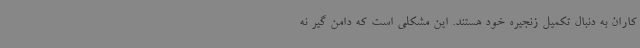
کاران به دنبال تکمیل زنجیره خود هستند. این مشکلی است که دامن گیر نه